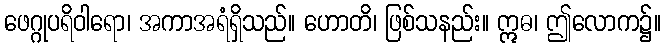
ဖေဂ္ဂုပရိဝါရော၊ အကာအရံရှိသည်။ ဟောတိ၊ ဖြစ်သနည်း။ ဣဓ၊ ဤလောက၌။